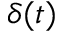
\delta ( t )